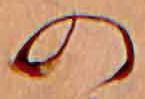
の